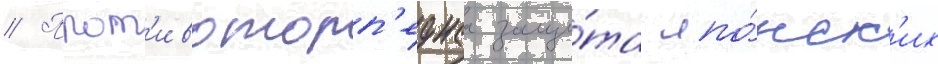
// Прот'ивоторп'еднаа защи́та япо́нск'их